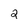
Character: 2